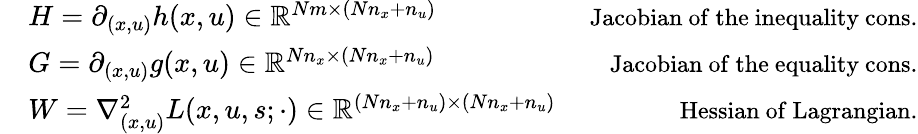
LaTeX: \begin{array}{rlr}&{H=\partial_{(x,u)}h(x,u)\in\mathbb{R}^{Nm\times(Nn_{x}+n_{u})}}&{\mathrm{\small~Jacobian~of~the~inequality~cons.}}\\ &{G=\partial_{(x,u)}g(x,u)\in\mathbb{R}^{Nn_{x}\times(Nn_{x}+n_{u})}}&{\mathrm{\small~Jacobian~of~the~equality~cons.}}\\ &{W=\nabla_{(x,u)}^{2}L(x,u,s;\cdot)\in\mathbb{R}^{(Nn_{x}+n_{u})\times(Nn_{x}+n_{u})}}&{\mathrm{\small~Hessian~of~Lagrangian.}}\end{array}